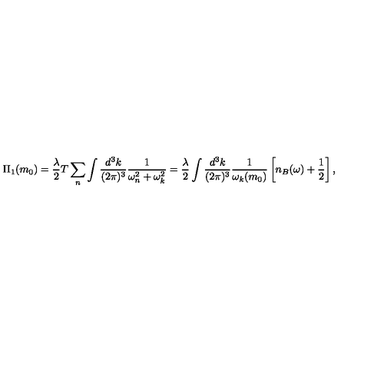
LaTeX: \Pi _ { 1 } ( m _ { 0 } ) = \frac { \lambda } { 2 } T \sum _ { n } \int \frac { d ^ { 3 } k } { ( 2 \pi ) ^ { 3 } } \frac { 1 } { \omega _ { n } ^ { 2 } + \omega _ { k } ^ { 2 } } = \frac { \lambda } { 2 } \int \frac { d ^ { 3 } k } { ( 2 \pi ) ^ { 3 } } \frac { 1 } { \omega _ { k } ( m _ { 0 } ) } \left[ n _ { B } ( \omega ) + \frac { 1 } { 2 } \right] ,